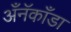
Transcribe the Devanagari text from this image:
अँनॅकाँडा